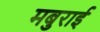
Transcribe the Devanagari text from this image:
मबुराई